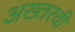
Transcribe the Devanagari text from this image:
अख्तरची